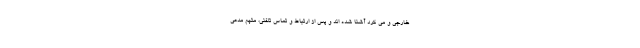
خارجی و می کرد آشنا شده اند و پس از ارتباط و تماس تلفنی، متهم مدعی